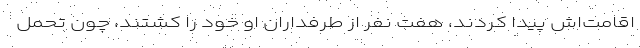
اقامت‌اش پیدا کردند، هفت نفر از طرفداران او خود را کشتند، چون تحمل